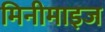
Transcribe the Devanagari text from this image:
मिनीमाइज